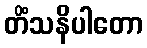
တိံသနိပါတော